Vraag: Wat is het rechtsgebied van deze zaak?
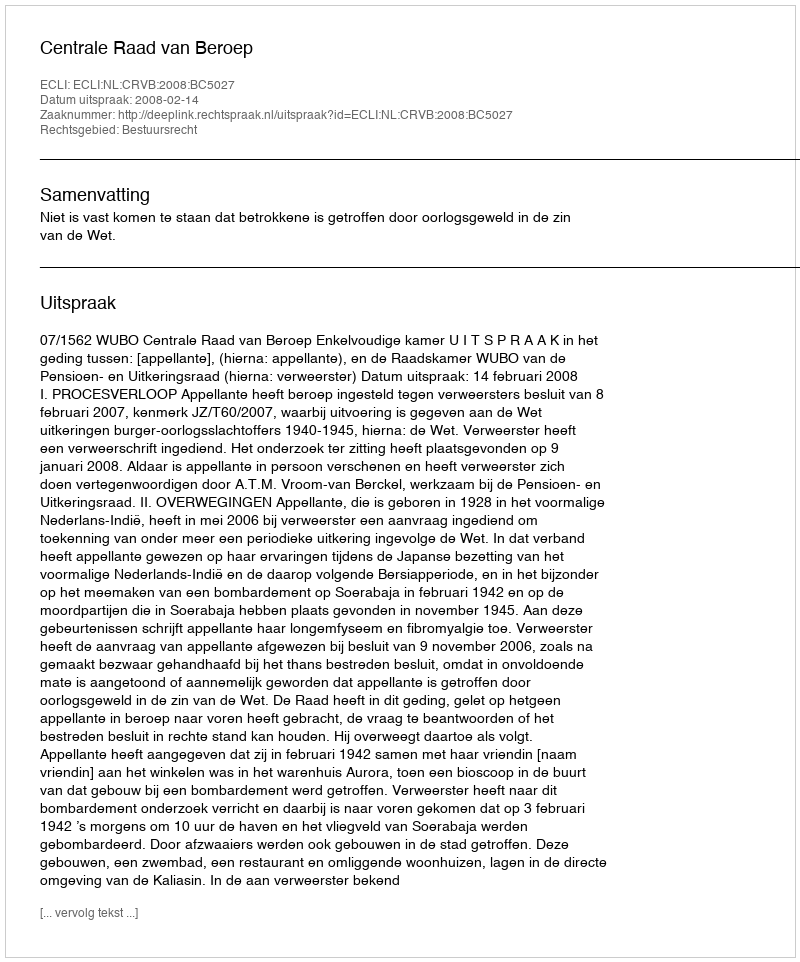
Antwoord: Bestuursrecht